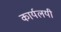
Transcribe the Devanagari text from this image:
कार्यलयी